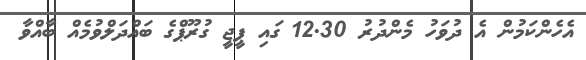
އެހެންކަމުން އެ ދުވަހު މެންދުރު 12.30 ގައި ޕީޖީ ގުރޫޕްގެ ބައްދަލްވުމެއް ބާއްވާ